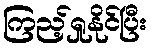
ကြည့်ရှုနိုင်ပြီး